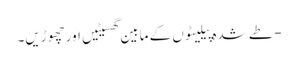
- طے شدہ پیلیٹوں کے مابین گھسیٹیں اور چھوڑیں۔